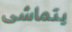
يتماشى